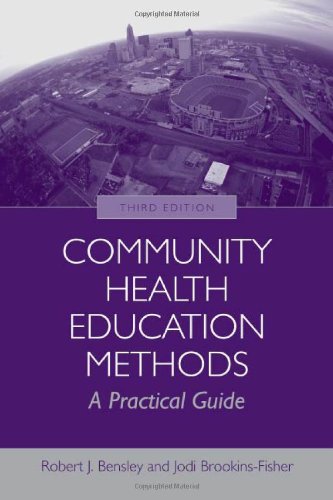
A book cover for Community Health Education Methods: A Practical Guide; Robert J. Bensley; Medical Books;